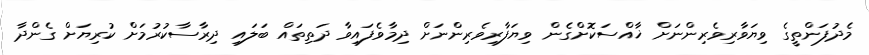
މެދުފަންތީގެ ވިޔަވާރިވެރިންނަށް ޚާއްސަކޮށްގެން ވިޔަފާރިވެރިންނަށް ދިމާވެފައިވާ ދަތިތައް ބަލައި ދިރާސާކުރުމަށް ކުރިޔަށް ގެންދާ